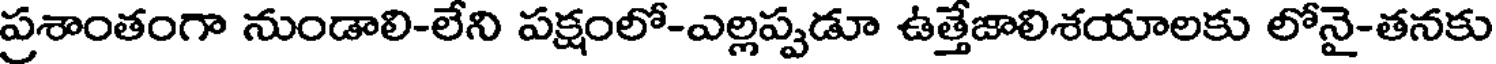
ప్రశాంతంగా నుండాలి-లేని పక్షంలో-ఎల్లప్పడూ ఉత్తేజాలిశయాలకు లోనై-తనకు